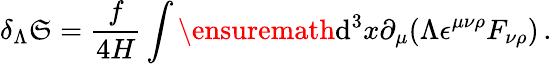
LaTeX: \delta_{\Lambda}\mathfrak{S}=\frac{{f}}{{4H}}\int\ensuremath{{\operatorname{d}\! {}^{3}x\partial_{\mu}}}(\Lambda\epsilon^{\mu\nu\rho}{F_{\nu\rho}})\, .